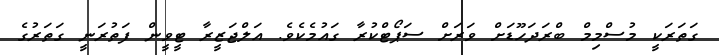
ގަތަރަކީ މުސްމިމް ބްރަދަހޫޑަށް ވަރަށް ސަޕޯޓްކުރާ ގައުމެކެވެ. އަލްޖަޒީރާ ޓީވީން ފަތުރަނީ ގަތަރުގެ